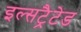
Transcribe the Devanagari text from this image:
इल्सट्रैटेड